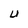
Character: U